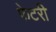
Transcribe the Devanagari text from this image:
फेटरी